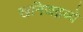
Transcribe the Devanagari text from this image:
खनिजद्रव्ये